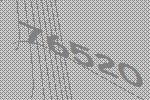
76520